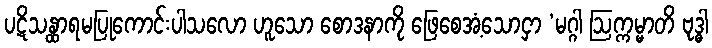
ပဋိသန္ထာရမပြုကောင်းပါသလော ဟူသော စောဒနာကို ဖြေစေအံ့သောငှာ ‘မဂ္ဂါ ဩက္ကမ္မာတိ ဗုဒ္ဓါ